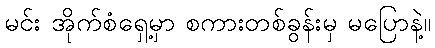
မင်း အိုက်စံရှေ့မှာ စကားတစ်ခွန်းမှ မပြောနဲ့။